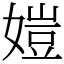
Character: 㜐